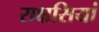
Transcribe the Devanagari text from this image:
राक्षसियां